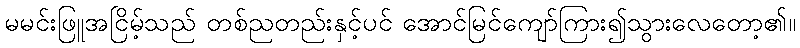
မမင်းဖြူအငြိမ့်သည် တစ်ညတည်းနှင့်ပင် အောင်မြင်ကျော်ကြား၍သွားလေတော့၏။